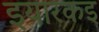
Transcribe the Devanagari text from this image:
इयारकइ